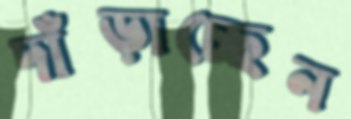
দাঁড়াচ্ছেন